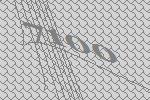
7100